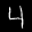
Label: 4